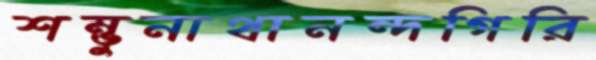
শম্ভুনাথানন্দগিরি